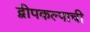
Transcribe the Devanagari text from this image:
द्वीपकल्पाची